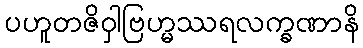
ပဟူတဇိဝှါဗြဟ္မဿရလက္ခဏာနိ